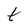
Character: t